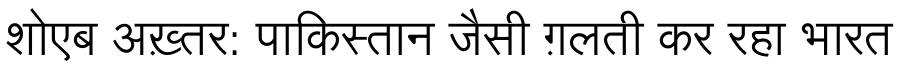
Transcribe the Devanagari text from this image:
शोएब अख़्तर: पाकिस्तान जैसी ग़लती कर रहा भारत